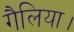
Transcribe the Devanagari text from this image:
गैलिया।